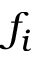
f _ { i }